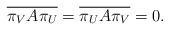
LaTeX: \begin{align*} \overline{\pi_V A\pi_U}=\overline{\pi_U A\pi_V}=0.\end{align*}